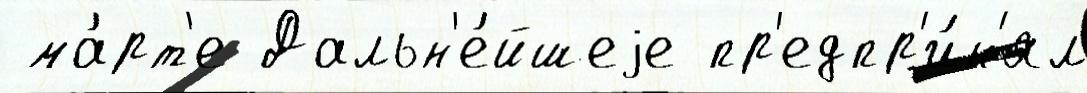
 ма́рт'е Дальн'е́йшеjе пр'едпр'и́н'ял